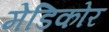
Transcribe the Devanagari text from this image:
मेडिकोर